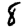
Digit: 8